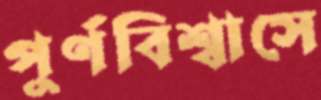
পুর্ণবিশ্বাসে